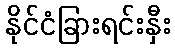
နိုင်ငံခြားရင်းနှီး